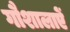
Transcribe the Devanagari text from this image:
गौशालाऐं